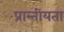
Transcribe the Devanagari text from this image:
प्रान्तीयता